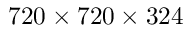
7 2 0 \times 7 2 0 \times 3 2 4